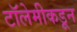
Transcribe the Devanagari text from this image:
टॉलेमीकडून